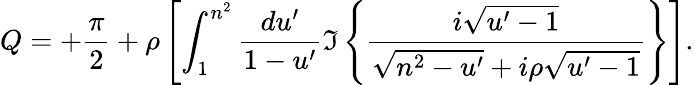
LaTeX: Q=+{\frac{\pi}{2}}+\rho\left[\int_{1}^{n^{2}}{\frac{du^{\prime}}{1-u^{\prime}}}\Im\left\{ {\frac{i\sqrt{u^{\prime}-1}}{\sqrt{n^{2}-u^{\prime}}+i\rho\sqrt{u^{\prime}-1}}}\right\} \right].